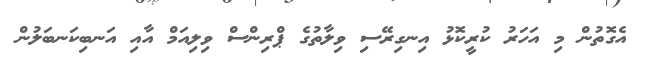
އެގޮތުން މި އަހަރު ކުރީކޮޅު އިނގިރޭސި ވިލާތުގެ ޕްރިންސް ވިލިއަމް އާއި އަނބިކަނބަލުން